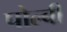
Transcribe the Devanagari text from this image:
पोल्बी